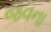
જવના